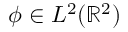
\phi \in { L ^ { 2 } ( \mathbb { R } ^ { 2 } ) }